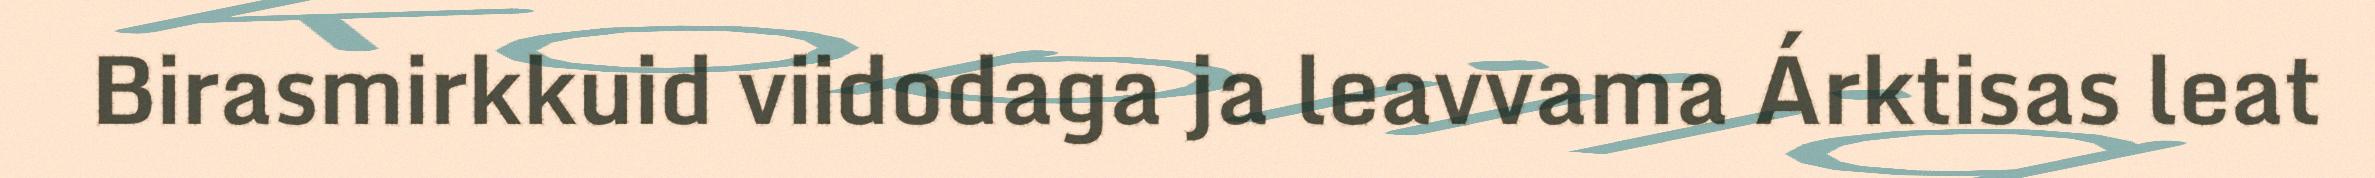
Birasmirkkuid viidodaga ja leavvama Árktisas leat